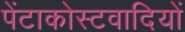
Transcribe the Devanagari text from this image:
पेंटाकोस्टवादियों